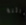
لعائلة